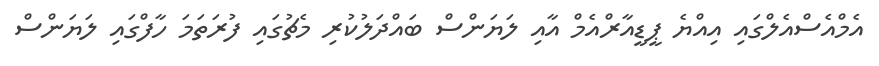
އެމްއެސްއެލްގައި އިއްޔެ ޕީޑީއާރްއެމް އާއި ލަޔަންސް ބައްދަލުކުރި މެޗުގައި ފުރަތަމަ ހާފްގައި ލަޔަންސް